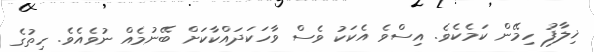
ޚިލާފު ހިމޭން ކަމެކެވެ. އިސްވެ އެކަކު ވެސް ވާހަކަދައްކާކަށް ބޭނުމެއް ނުވެއެވެ. ހިތުގެ